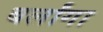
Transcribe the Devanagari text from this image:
बर्लांगा